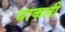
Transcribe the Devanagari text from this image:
धाकली